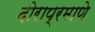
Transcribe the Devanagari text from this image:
दोराप्रमाणे